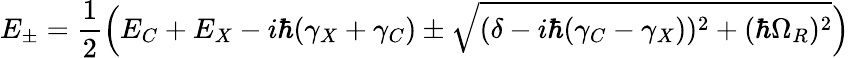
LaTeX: E_{\pm}=\frac{1}{2}\Big(E_{C}+E_{X}-i\hbar(\gamma_{X}+\gamma_{C})\pm\sqrt{(\delta-i\hbar(\gamma_{C}-\gamma_{X}))^{2}+(\hbar\Omega_{R})^{2}}\Big)